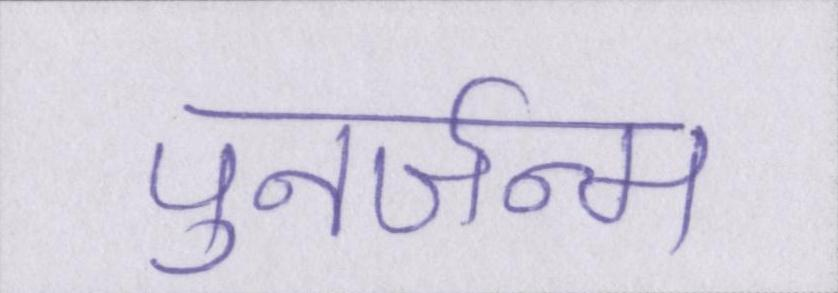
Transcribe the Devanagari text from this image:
पुनर्जन्म